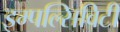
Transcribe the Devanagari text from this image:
इम्पल्सिविटी